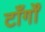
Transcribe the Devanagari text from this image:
टाँर्गों